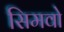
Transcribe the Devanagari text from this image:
सिमवो